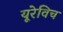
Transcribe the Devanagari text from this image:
यूरेविच